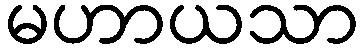
မဟာယသာ